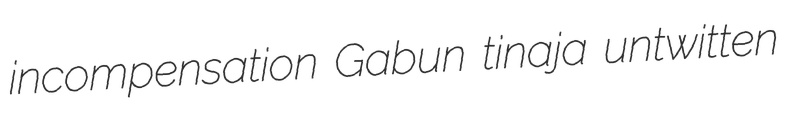
incompensation Gabun tinaja untwitten